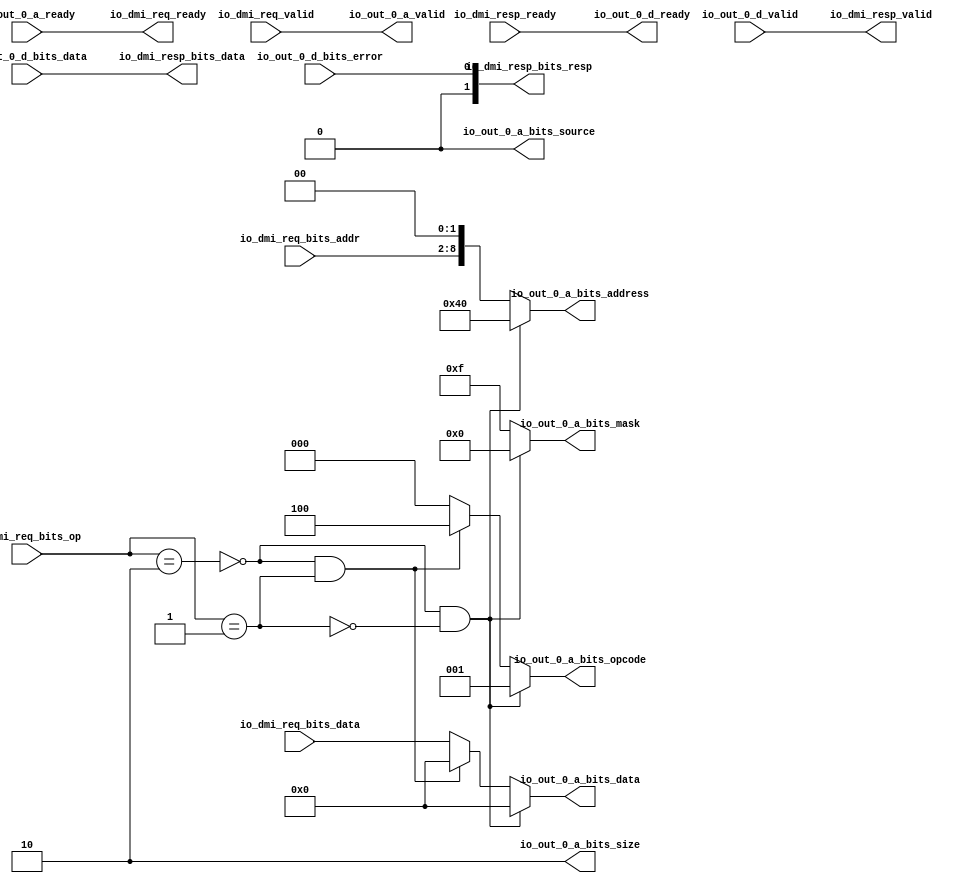
// Copyright (c) 2017, Microsemi Corporation
// All rights reserved.
//
// Redistribution and use in source and binary forms, with or without
// modification, are permitted provided that the following conditions are met:
//     * Redistributions of source code must retain the above copyright
//       notice, this list of conditions and the following disclaimer.
//     * Redistributions in binary form must reproduce the above copyright
//       notice, this list of conditions and the following disclaimer in the
//       documentation and/or other materials provided with the distribution.
//     * Neither the name of the <organization> nor the
//       names of its contributors may be used to endorse or promote products
//       derived from this software without specific prior written permission.
//
// THIS SOFTWARE IS PROVIDED BY THE COPYRIGHT HOLDERS AND CONTRIBUTORS "AS IS" AND
// ANY EXPRESS OR IMPLIED WARRANTIES, INCLUDING, BUT NOT LIMITED TO, THE IMPLIED
// WARRANTIES OF MERCHANTABILITY AND FITNESS FOR A PARTICULAR PURPOSE ARE
// DISCLAIMED. IN NO EVENT SHALL MICROSEMI CORPORATIONM BE LIABLE FOR ANY
// DIRECT, INDIRECT, INCIDENTAL, SPECIAL, EXEMPLARY, OR CONSEQUENTIAL DAMAGES
// (INCLUDING, BUT NOT LIMITED TO, PROCUREMENT OF SUBSTITUTE GOODS OR SERVICES;
// LOSS OF USE, DATA, OR PROFITS; OR BUSINESS INTERRUPTION) HOWEVER CAUSED AND
// ON ANY THEORY OF LIABILITY, WHETHER IN CONTRACT, STRICT LIABILITY, OR TORT
// (INCLUDING NEGLIGENCE OR OTHERWISE) ARISING IN ANY WAY OUT OF THE USE OF THIS
// SOFTWARE, EVEN IF ADVISED OF THE POSSIBILITY OF SUCH DAMAGE.
//
// APACHE LICENSE
// Copyright (c) 2017, Microsemi Corporation 
//
// Licensed under the Apache License, Version 2.0 (the "License");
// you may not use this file except in compliance with the License.
// You may obtain a copy of the License at
//
//    http://www.apache.org/licenses/LICENSE-2.0
//
// Unless required by applicable law or agreed to in writing, software
// distributed under the License is distributed on an "AS IS" BASIS,
// WITHOUT WARRANTIES OR CONDITIONS OF ANY KIND, either express or implied.
// See the License for the specific language governing permissions and
// limitations under the License.
//
// Description:
//
// SVN Revision Information:
// SVN $Revision: $
// SVN $Date: $
//
// Resolved SARs
// SAR      Date     Who   Description
//
// Notes:
//
// ****************************************************************************/
`define RANDOMIZE
`timescale 1ns/10ps
module MIV_RV32IMA_MIV_RV32IMA_0_MIV_RV32IMA_L1_AHB_DMI_TO_TL_DMI2TL(
  output        io_dmi_req_ready,
  input         io_dmi_req_valid,
  input  [6:0]  io_dmi_req_bits_addr,
  input  [31:0] io_dmi_req_bits_data,
  input  [1:0]  io_dmi_req_bits_op,
  input         io_dmi_resp_ready,
  output        io_dmi_resp_valid,
  output [31:0] io_dmi_resp_bits_data,
  output [1:0]  io_dmi_resp_bits_resp,
  input         io_out_0_a_ready,
  output        io_out_0_a_valid,
  output [2:0]  io_out_0_a_bits_opcode,
  output [1:0]  io_out_0_a_bits_size,
  output        io_out_0_a_bits_source,
  output [8:0]  io_out_0_a_bits_address,
  output [3:0]  io_out_0_a_bits_mask,
  output [31:0] io_out_0_a_bits_data,
  output        io_out_0_d_ready,
  input         io_out_0_d_valid,
  input  [31:0] io_out_0_d_bits_data,
  input         io_out_0_d_bits_error
);
  wire [8:0] _GEN_21;
  wire [8:0] _T_57;
  wire  _T_203;
  wire  _T_205;
  wire  _T_207;
  wire  _T_208;
  wire [2:0] _GEN_7;
  wire [31:0] _GEN_13;
  wire  _T_212;
  wire  _T_213;
  wire [2:0] _GEN_14;
  wire [8:0] _GEN_18;
  wire [3:0] _GEN_19;
  wire [31:0] _GEN_20;
  assign io_dmi_req_ready = io_out_0_a_ready;
  assign io_dmi_resp_valid = io_out_0_d_valid;
  assign io_dmi_resp_bits_data = io_out_0_d_bits_data;
  assign io_dmi_resp_bits_resp = {{1'd0}, io_out_0_d_bits_error};
  assign io_out_0_a_valid = io_dmi_req_valid;
  assign io_out_0_a_bits_opcode = _GEN_14;
  assign io_out_0_a_bits_size = 2'h2;
  assign io_out_0_a_bits_source = 1'h0;
  assign io_out_0_a_bits_address = _GEN_18;
  assign io_out_0_a_bits_mask = _GEN_19;
  assign io_out_0_a_bits_data = _GEN_20;
  assign io_out_0_d_ready = io_dmi_resp_ready;
  assign _GEN_21 = {{2'd0}, io_dmi_req_bits_addr};
  assign _T_57 = _GEN_21 << 2;
  assign _T_203 = io_dmi_req_bits_op == 2'h2;
  assign _T_205 = io_dmi_req_bits_op == 2'h1;
  assign _T_207 = _T_203 == 1'h0;
  assign _T_208 = _T_207 & _T_205;
  assign _GEN_7 = _T_208 ? 3'h4 : 3'h0;
  assign _GEN_13 = _T_208 ? 32'h0 : io_dmi_req_bits_data;
  assign _T_212 = _T_205 == 1'h0;
  assign _T_213 = _T_207 & _T_212;
  assign _GEN_14 = _T_213 ? 3'h1 : _GEN_7;
  assign _GEN_18 = _T_213 ? 9'h40 : _T_57;
  assign _GEN_19 = _T_213 ? 4'h0 : 4'hf;
  assign _GEN_20 = _T_213 ? 32'h0 : _GEN_13;
endmodule